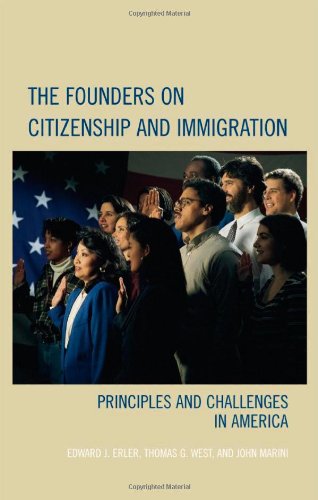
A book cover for The Founders on Citizenship and Immigration: Principles and Challenges in America (Claremont Institute Series on Statesmanship and Political Philosophy); Edward J. Erler; Law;